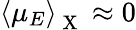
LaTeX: \left<\mu_{E}\right>_{\mathrm{~X~}}\approx 0